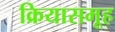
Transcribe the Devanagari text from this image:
क्रियासमूह